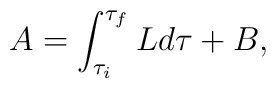
A=\int_{\tau_i}^{\tau_f}L d\tau +B,